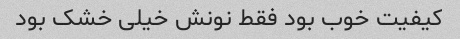
کیفیت خوب بود فقط نونش خیلی خشک بود